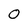
Character: 0